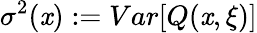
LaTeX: \sigma^{2}(\mathit{x}):=Var[Q(\mathit{x},\xi)]